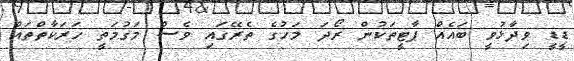
ޑީޑީ ވިދާޅުވީ ބައެއް ޕާޓީތަކުން ރޯދަ މަހުގެ ތެރޭގައި ވެސް މަގުމަތީ ހަރަކާތްތައް